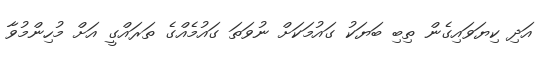
އަދި ކިޔަވައިގެން ތިބި ބަޔަކު ގައުމަކަށް ނުވަތަ ގައުމެއްގެ ތަރައްގީ އަށް މުހިންމުވާ